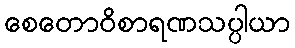
စေတောဝိစာရဏသပ္ပါယာ